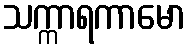
သက္ကာရကာမော